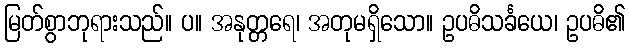
မြတ်စွာဘုရားသည်။ ပ။ အနုတ္တရေ၊ အတုမရှိသော။ ဥပဓိသင်္ခယေ၊ ဥပဓိ၏